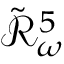
\mathcal { \tilde { R } } _ { \omega } ^ { 5 }